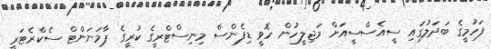
ފަހުމީގެ ބަދަލުގައި ސީއެސްސީއަށް މަޖިލީހުން ހޮވީ ޑިފެންސް މިނިސްޓްރީގެ ކުރީގެ ޕާމަނަންޓް ސެކްރެޓަރީ